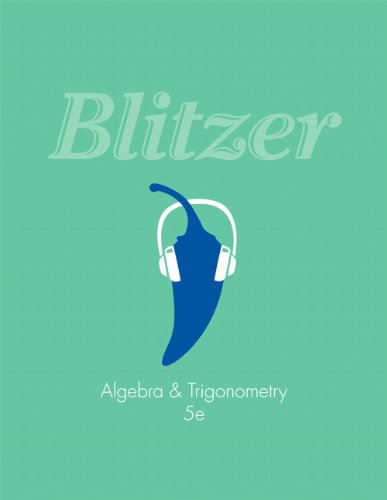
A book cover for Algebra and Trigonometry (5th Edition); Robert F. Blitzer; Science & Math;